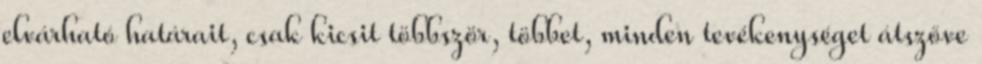
elvárható határait, csak kicsit többször, többet, minden tevékenységet átszőve